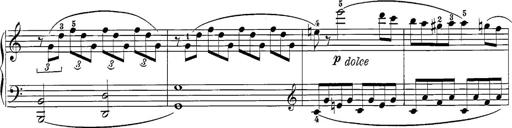
Title: 12 Sonatine per Pianoforte
Composer: Friedrich Kuhlau